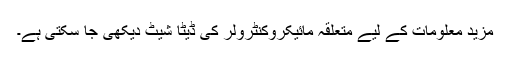
مزید معلومات کے لیے متعلقہ مائیکروکنٹرولر کی ڈیٹا شیٹ دیکھی جا سکتی ہے۔